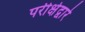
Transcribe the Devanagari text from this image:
परीक्षेद्वारे